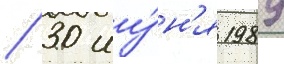
/ 30 иу́н'я 1989